Mental hospitals Bombay report 1929-33 - 1929-1933
Year: 1929
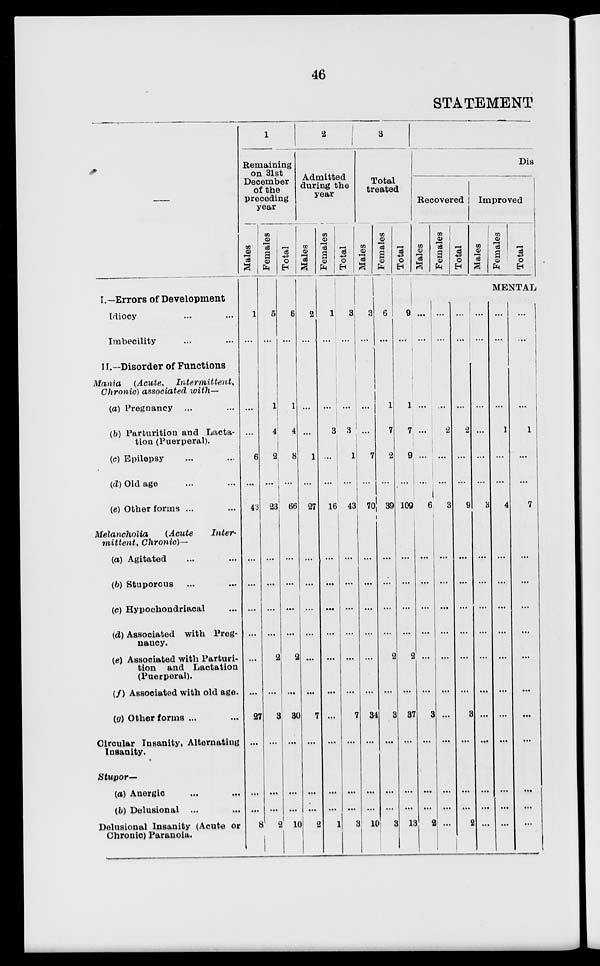
46
STATEMENT
—
I—Errors of Development
Idiocy ... ...
Imbecility ... ...
II—Disorder of Functions
Mania (Acute,
intermittent,
Chronic) associated with—
(a) Pregnancy ...
(b) Parturition and Lacta-
tion (Puerperal).
(c) Epilepsy ... ...
(d) Old age... ...
(e) Other forms ... ...
Melancholia
(Acute
inter-
mittentt Chronic)—
(a) Agitated... ...
(b) Stuporous... ...
(c) Hypochondriacal ...... ...
(d) Associated with Preg-
nancy.
(e) Associated with Parturi-
tion and Lactation
(Puerperal).
(f) Associated with old age.
(g) Other forms ...
Circular insanity, Alternating
Insanity.
Stupor—
(a) Anergic... ...
(b) Delusional ... ...
Delusional Insanity (Acute or
Chronic) Paranoia.
1
Remaining
on 31st
December
of the
preceding
year
Males
1
...
...
...
6
...
43
...
...
...
...
...
27
...
...
...
8
Females
5
...
1
4
2
...
23
...
...
...
...
2
...
3
...
...
...
2
Total
6
...
1
4
8
...
66
...
...
...
...
2
...
30
...
...
...
10
2
Admitted
during the
year
Males
2
...
...
...
1
...
27
...
...
...
...
...
...
7
...
...
...
2
Females
1
...
...
3
16
...
...
...
...
...
...
...
...
...
1
Total
3
...
...
3
1
...
43
...
...
...
...
...
...
7
...
...
...
3
3
Total
treated
Males
3
...
...
...
7
...
70
...
...
...
...
...
...
34
...
...
...
10
Females
6
...
1
7
2
...
39
...
...
...
...
2
...
3
...
...
...
3
Total
9
...
1
7
9
...
109
...
...
...
...
2
...
37
...
...
...
13
Dis
Recovered
Males
...
...
...
...
...
...
6
...
...
...
...
...
...
3
...
...
...
2
Females
...
...
...
2
...
...
3
...
...
...
...
...
...
...
...
...
...
...
Total
...
...
...
2
...
...
9
...
...
...
...
...
...
3
...
...
...
2
Improved
Males
...
...
...
...
...
...
3
...
...
...
...
...
...
...
...
...
...
...
Females
Total
MENTAL
...
...
...
1
...
...
4
...
...
...
...
...
...
...
...
...
...
...
...
...
...
1
...
...
7
...
...
...
...
...
...
...
...
...
...
...